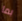
بما